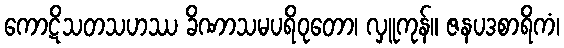
ကောဋိသတသဟဿ ခိဏာသမပရိဝုတော၊ လှူကုန်။ ဇနပဒစာရိကံ၊